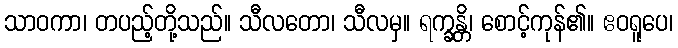
သာဝကာ၊ တပည့်တို့သည်။ သီလတော၊ သီလမှ။ ရက္ခန္တိ၊ စောင့်ကုန်၏။ ဧဝရူပေ၊